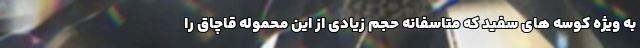
به ویژه کوسه های سفید که متاسفانه حجم زیادی از این محموله قاچاق را